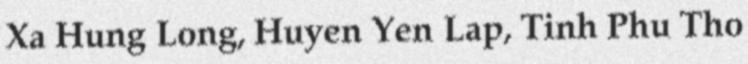
Xa Hung Long, Huyen Yen Lap, Tinh Phu Tho